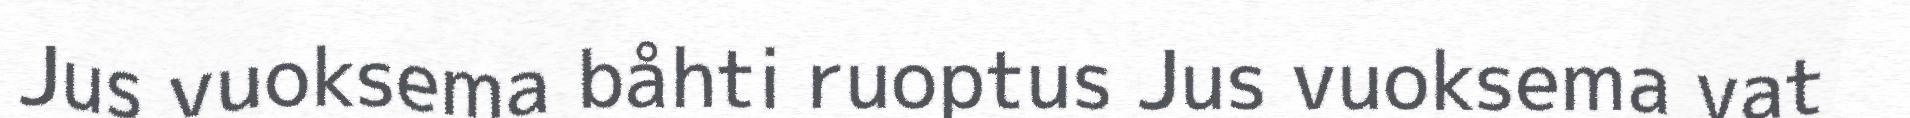
Jus vuoksema båhti ruoptus Jus vuoksema vat